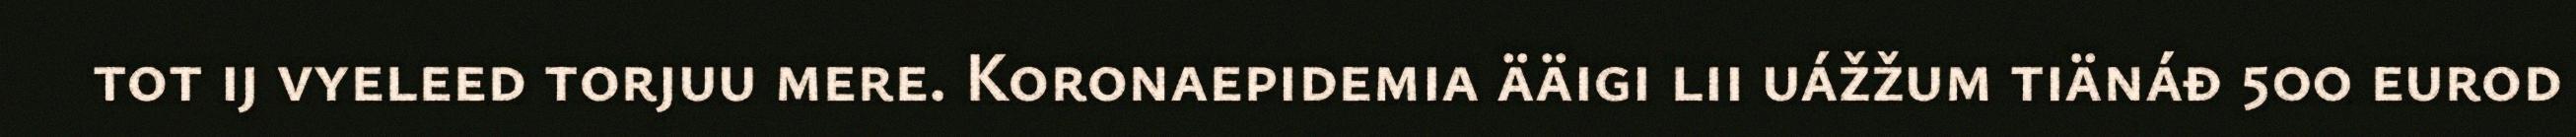
tot ij vyeleed torjuu mere. Koronaepidemia ääigi lii uážžum tiänáđ 500 eurod